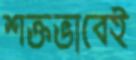
শক্তভাবেই